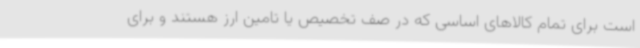
است برای تمام کالاهای اساسی که در صف تخصیص یا تامین ارز هستند و برای